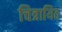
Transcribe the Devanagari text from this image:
चित्रायित